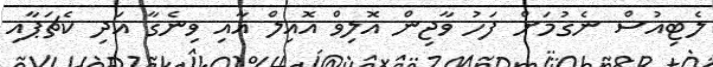
ލެޓިއުސް ނެގުމަށް ފަހު ވާޖިން އޮލިވް އޮއިލް އާއި ވިނެގާ އަދި ކެޗަޕާއި